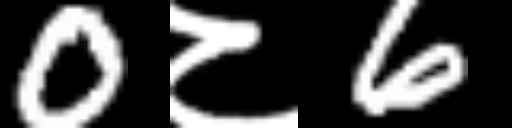
Text: 0८6